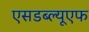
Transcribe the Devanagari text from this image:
एसडब्ल्यूएफ